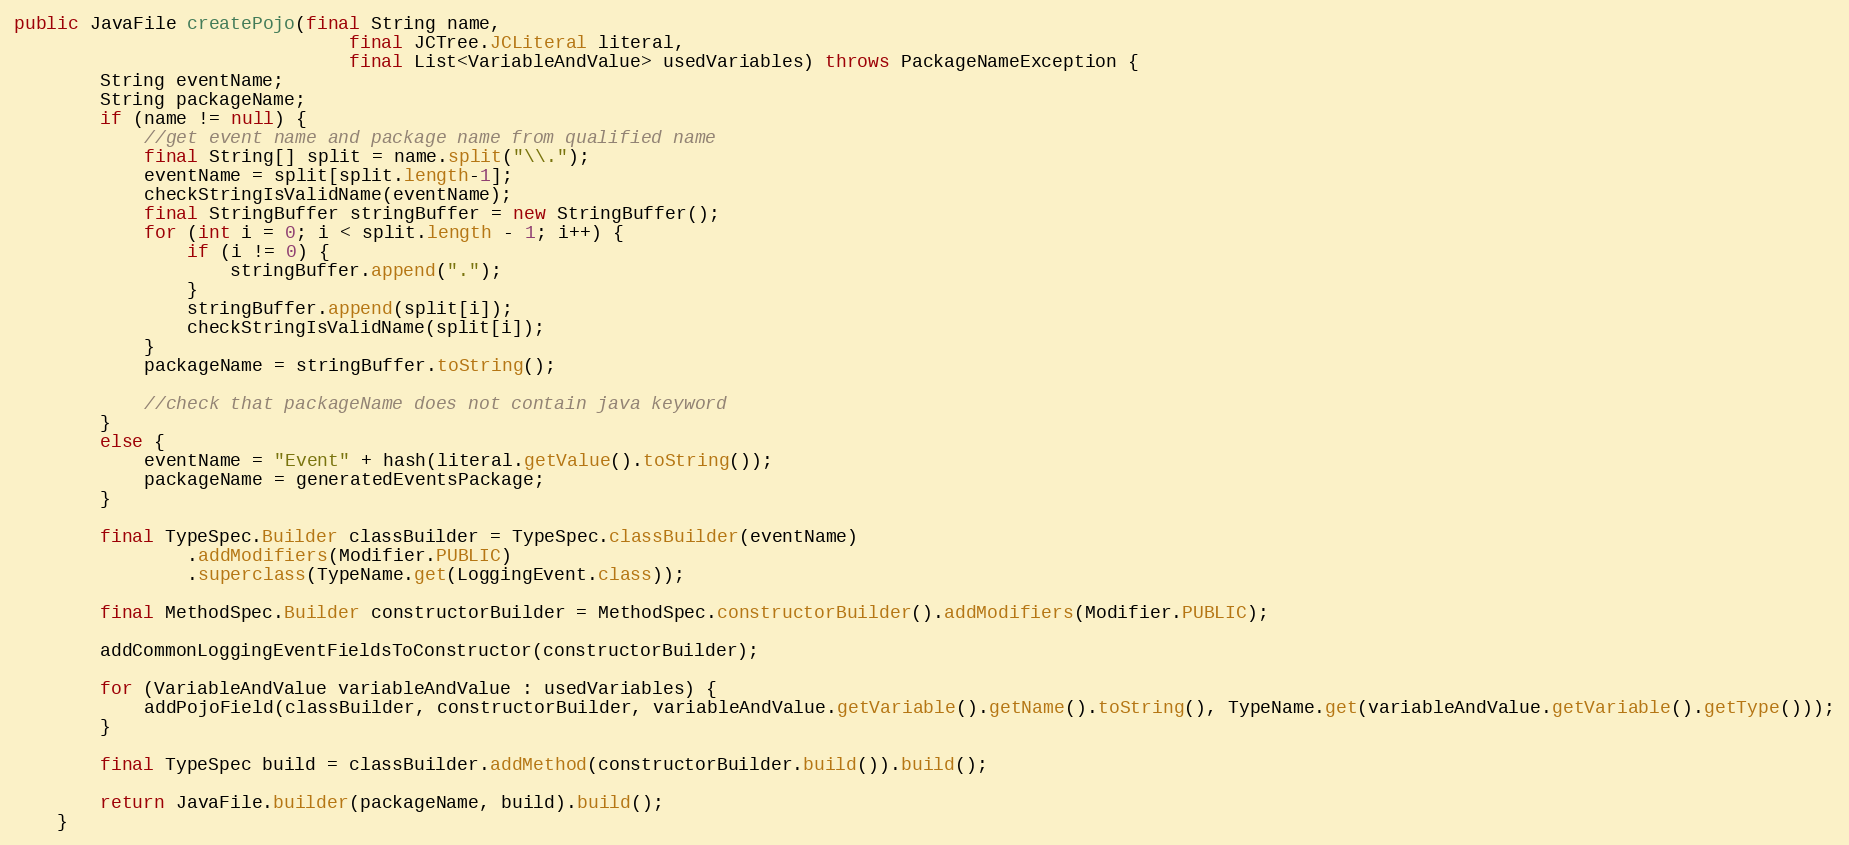
Language: Java
public JavaFile createPojo(final String name,
                               final JCTree.JCLiteral literal,
                               final List<VariableAndValue> usedVariables) throws PackageNameException {
        String eventName;
        String packageName;
        if (name != null) {
            //get event name and package name from qualified name
            final String[] split = name.split("\\.");
            eventName = split[split.length-1];
            checkStringIsValidName(eventName);
            final StringBuffer stringBuffer = new StringBuffer();
            for (int i = 0; i < split.length - 1; i++) {
                if (i != 0) {
                    stringBuffer.append(".");
                }
                stringBuffer.append(split[i]);
                checkStringIsValidName(split[i]);
            }
            packageName = stringBuffer.toString();

            //check that packageName does not contain java keyword
        }
        else {
            eventName = "Event" + hash(literal.getValue().toString());
            packageName = generatedEventsPackage;
        }

        final TypeSpec.Builder classBuilder = TypeSpec.classBuilder(eventName)
                .addModifiers(Modifier.PUBLIC)
                .superclass(TypeName.get(LoggingEvent.class));

        final MethodSpec.Builder constructorBuilder = MethodSpec.constructorBuilder().addModifiers(Modifier.PUBLIC);

        addCommonLoggingEventFieldsToConstructor(constructorBuilder);

        for (VariableAndValue variableAndValue : usedVariables) {
            addPojoField(classBuilder, constructorBuilder, variableAndValue.getVariable().getName().toString(), TypeName.get(variableAndValue.getVariable().getType()));
        }

        final TypeSpec build = classBuilder.addMethod(constructorBuilder.build()).build();

        return JavaFile.builder(packageName, build).build();
    }